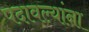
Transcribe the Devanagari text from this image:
पदावल्यांना